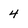
Character: 4